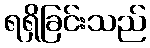
ရရှိခြင်းသည်